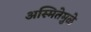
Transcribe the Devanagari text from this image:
अस्मितेमुळे